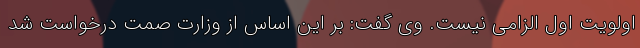
اولویت اول الزامی نیست. وی گفت: بر این اساس از وزارت صمت درخواست شد